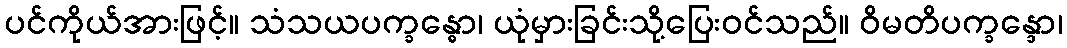
ပင်ကိုယ်အားဖြင့်။ သံသယပက္ခန္ဓော၊ ယုံမှားခြင်းသို့ပြေးဝင်သည်။ ဝိမတိပက္ခန္ဒော၊